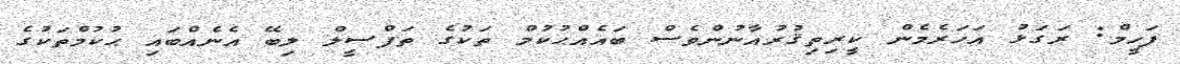
ފަހީމް: ރަގަޅު އަހަރެމެން ކީރިތިޤުރުއާނުންވެސް ބައެއްޙުކުމް ތަކުގެ ތަފްސީލް ލިބޭ އެނެއްބައި ޙުކުމްތަކުގެ